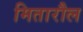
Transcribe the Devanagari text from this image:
मितारौल